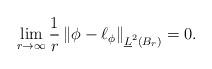
LaTeX: \begin{align*} \lim_{r \to \infty} \frac1r \left\| \phi - \ell_\phi \right\|_{\underline{L}^2 \left( B_{r} \right)} = 0. \end{align*}